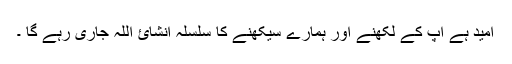
امید ہے آپ کے لکھنے اور ہمارے سیکھنے کا سلسلہ انشائ اللہ جاری رہے گا ۔